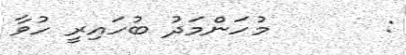
:       މުހަންމަދު ބުހައިރީ ހުވާ